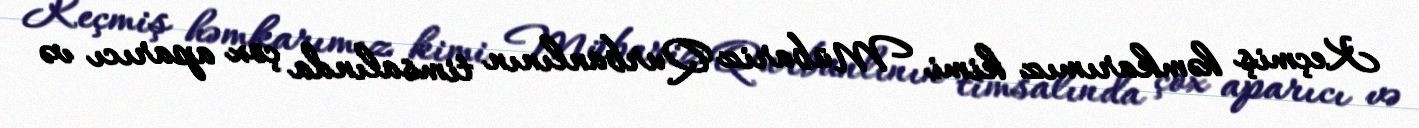
Keçmiş həmkarımız kimi Mübariz Qurbanlının timsalında çox aparıcı və